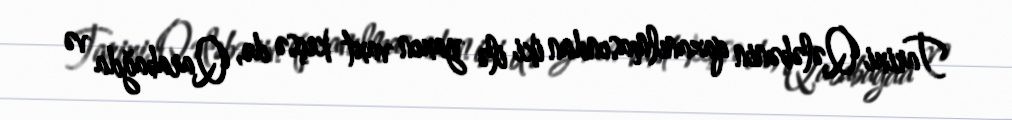
Tarixi Qələbənin qazanılmasından iki ilə yaxın vaxt keçsə də, Qarabağda və